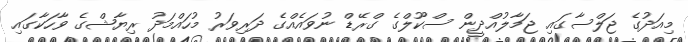
މިއަދުގެ ޖަލްސާގައި ޖަމާލުއްދީން ސްކޫލްގެ ގްރޭޑް ނުވައެއްގެ ދަރިވަރު މުހައްމަދު ރިޔާޝްގެ ވާހަކާގައި